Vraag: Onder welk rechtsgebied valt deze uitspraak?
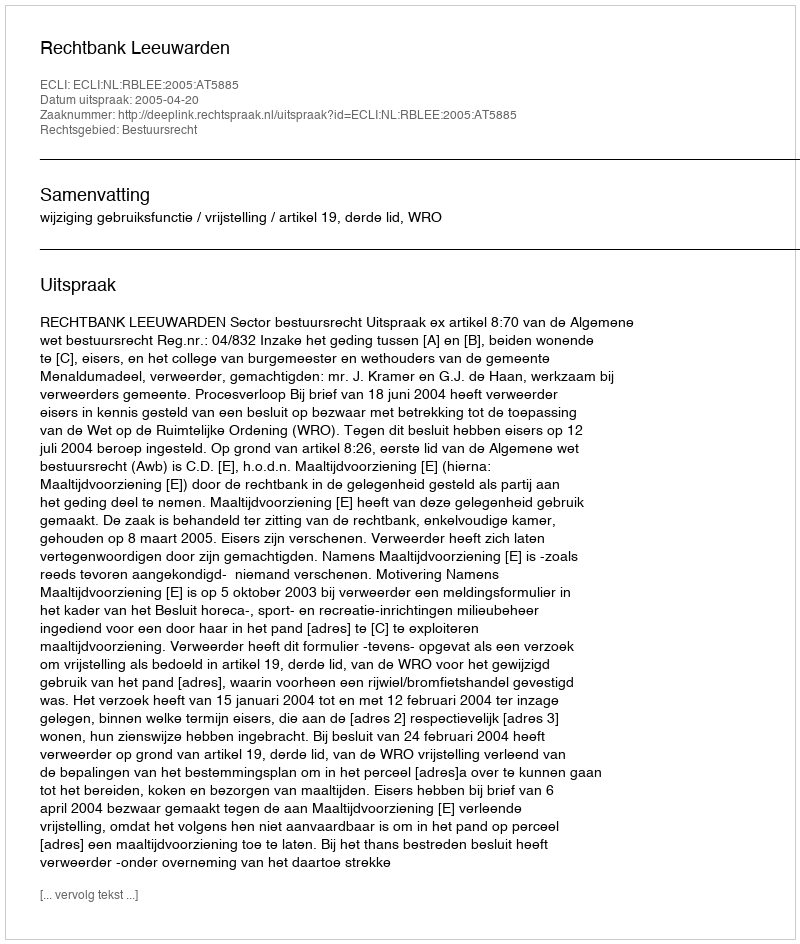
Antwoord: Bestuursrecht